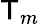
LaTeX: \mathsf{T}_{m}